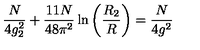
\frac { N } { 4 g _ { 2 } ^ { 2 } } + \frac { 1 1 N } { 4 8 \pi ^ { 2 } } \ln \left( \frac { R _ { 2 } } { R } \right) = \frac { N } { 4 g ^ { 2 } }